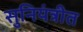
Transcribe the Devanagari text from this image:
सुनियंत्रीत